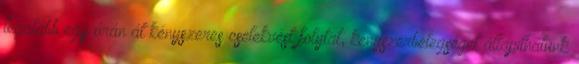
legalább egy órán át kényszeres cselekvést folytat, kényszerbetegséget állapíthatunk